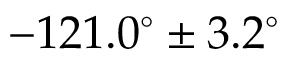
- 1 2 1 . 0 ^ { \circ } \pm 3 . 2 ^ { \circ }